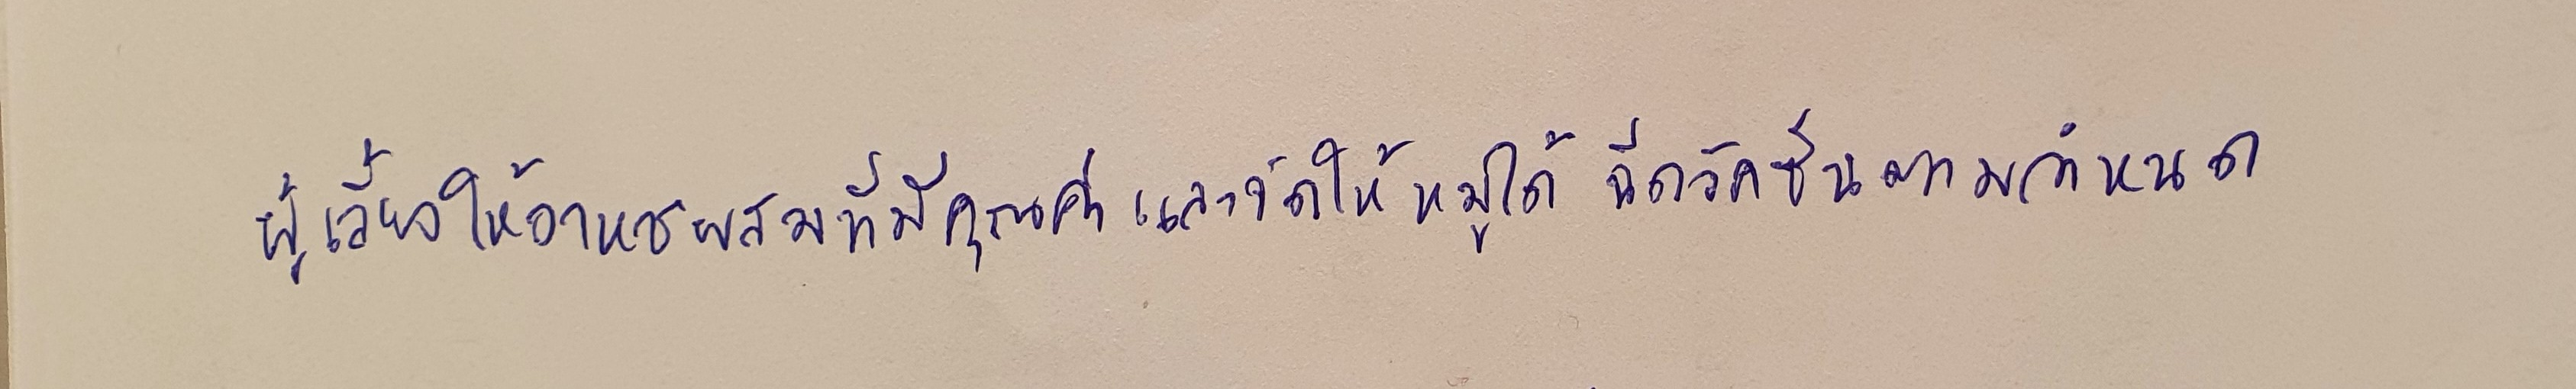
ผู้เลี้ยงให้อาหารผสมที่มีคุณค่าและจัดให้หมูได้ฉีดวัคซีนตามกำหนด